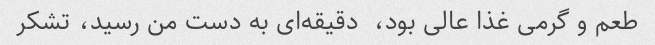
طعم و گرمی غذا عالی بود،  دقیقه‌ای به دست من رسید، تشکر